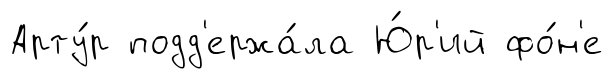
Арту́р подд'ержа́ла Ю́р'ий фо́н'е